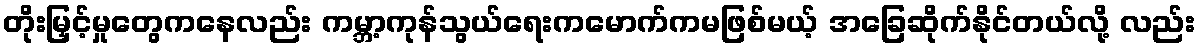
တိုးမြှင့်မှုတွေကနေလည်း ကမ္ဘာ့ကုန်သွယ်ရေးကမောက်ကမဖြစ်မယ့် အခြေဆိုက်နိုင်တယ်လို့ လည်း